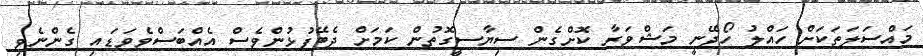
މައްސަލަތަކަށް ހައްލު ހޯދޭނީ މަޝްވަރާ ކޮށްގެން ސިޔާސީގޮތުން ކަމަށް ދެބޭފުޅުންވެސް އެއްބަސްވެވަޑައި ގެންނެވި